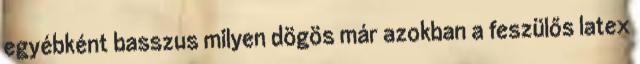
egyébként basszus milyen dögös már azokban a feszülős latex